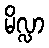
မိလ္လာ